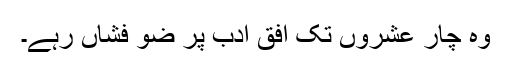
وہ چار عشروں تک افق ادب پر ضو فشاں رہے۔